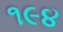
૧૯૪